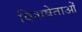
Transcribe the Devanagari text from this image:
विशषेताओं